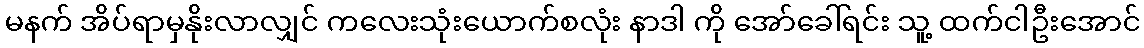
မနက် အိပ်ရာမှနိုးလာလျှင် ကလေးသုံးယောက်စလုံး နာဒါ ကို အော်ခေါ်ရင်း သူ့ ထက်ငါဦးအောင်